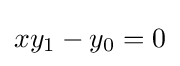
xy_{1}-y_{0}=0